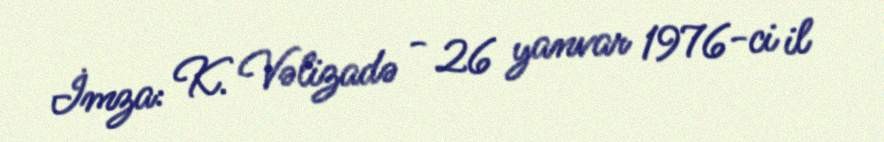
İmza: K. Vəlizadə - 26 yanvar 1976-ci il